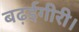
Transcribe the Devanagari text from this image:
बढ़ईगीरी।